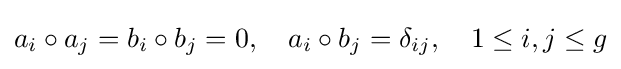
a_{i}\circ a_{j}=b_{i}\circ b_{j}=0,\quad a_{i}\circ b_{j}=\delta _{ij},\quad 1\leq i,j\leq g